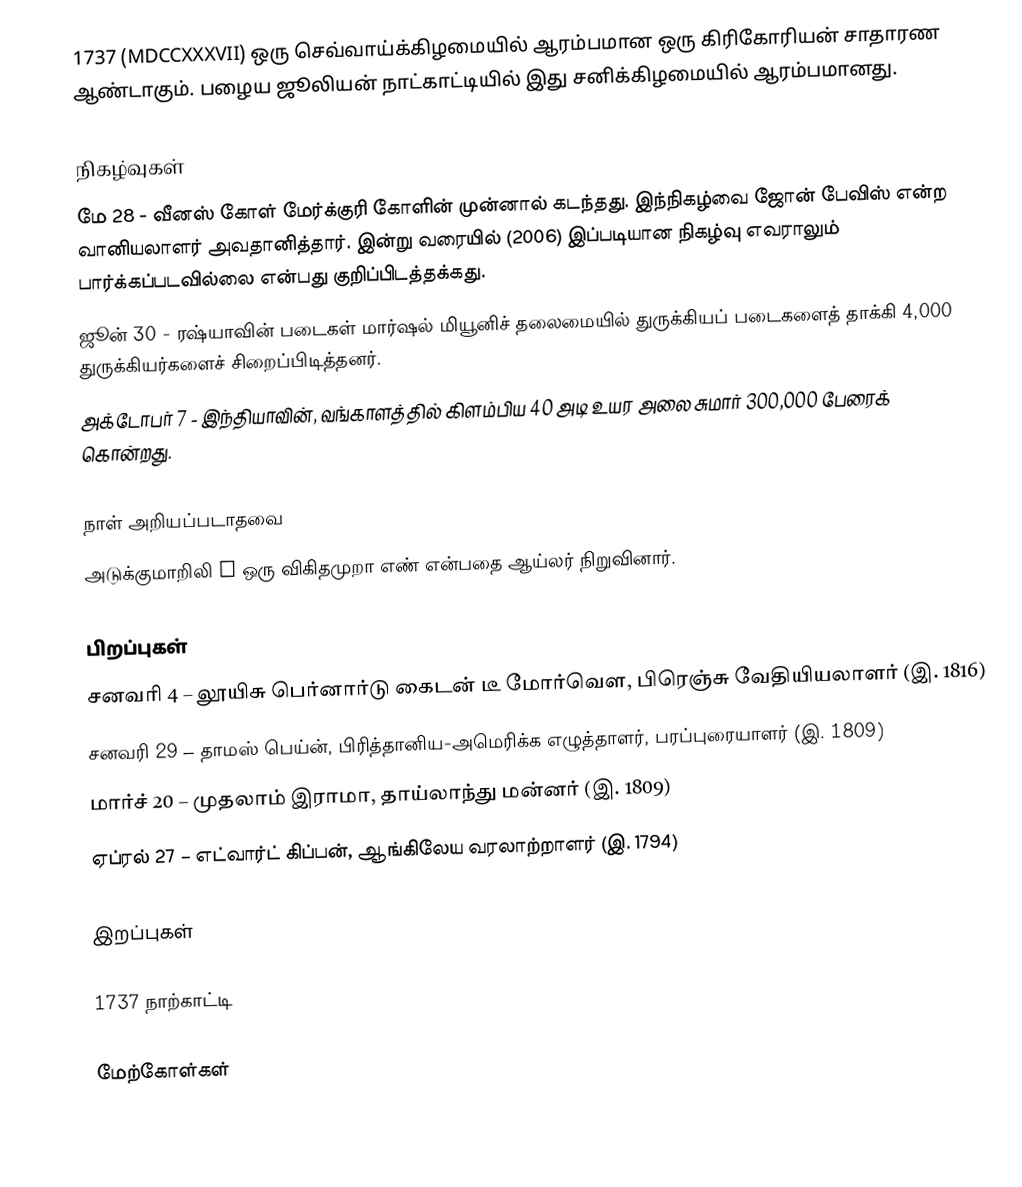
1737  (MDCCXXXVII) ஒரு செவ்வாய்க்கிழமையில் ஆரம்பமான ஒரு கிரிகோரியன் சாதாரண ஆண்டாகும். பழைய ஜூலியன் நாட்காட்டியில் இது சனிக்கிழமையில் ஆரம்பமானது.

நிகழ்வுகள்
 மே 28 - வீனஸ் கோள் மேர்க்குரி கோளின் முன்னால் கடந்தது. இந்நிகழ்வை ஜோன் பேவிஸ் என்ற வானியலாளர் அவதானித்தார். இன்று வரையில் (2006) இப்படியான நிகழ்வு எவராலும் பார்க்கப்படவில்லை என்பது குறிப்பிடத்தக்கது.
 ஜூன் 30 - ரஷ்யாவின் படைகள் மார்ஷல் மியூனிச் தலைமையில் துருக்கியப் படைகளைத் தாக்கி 4,000 துருக்கியர்களைச் சிறைப்பிடித்தனர்.
 அக்டோபர் 7 - இந்தியாவின், வங்காளத்தில் கிளம்பிய 40 அடி உயர அலை சுமார் 300,000 பேரைக் கொன்றது.

நாள் அறியப்படாதவை
 அடுக்குமாறிலி e ஒரு விகிதமுறா எண் என்பதை ஆய்லர் நிறுவினார்.

பிறப்புகள்
சனவரி 4 – லூயிசு பெர்னார்டு கைடன் டீ மோர்வௌ, பிரெஞ்சு வேதியியலாளர் (இ. 1816)
சனவரி 29 – தாமஸ் பெய்ன், பிரித்தானிய-அமெரிக்க எழுத்தாளர், பரப்புரையாளர் (இ. 1809)
மார்ச் 20 – முதலாம் இராமா, தாய்லாந்து மன்னர் (இ. 1809)
ஏப்ரல் 27 – எட்வார்ட் கிப்பன், ஆங்கிலேய வரலாற்றாளர் (இ. 1794)

இறப்புகள்

1737 நாற்காட்டி

மேற்கோள்கள்